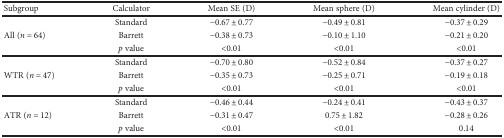
| Subgroup | Calculator | Mean SE (D) | Mean sphere (D) | Mean cylinder (D) |
 | --- | --- | --- | --- | --- |
 | <ROWSPAN=3> All (n = 64) | Standard | −0.67 ± 0.77 | −0.49 ± 0.81 | −0.37 ± 0.29 |
 | Barrett | −0.38 ± 0.73 | −0.10 ± 1.10 | −0.21 ± 0.20 |
 | p value | <0.01 | <0.01 | <0.01 |
 | <ROWSPAN=3> WTR (n = 47) | Standard | −0.70 ± 0.80 | −0.52 ± 0.84 | −0.37 ± 0.27 |
 | Barrett | −0.35 ± 0.73 | −0.25 ± 0.71 | −0.19 ± 0.18 |
 | p value | <0.01 | <0.01 | <0.01 |
 | <ROWSPAN=3> ATR (n = 12) | Standard | −0.46 ± 0.44 | −0.24 ± 0.41 | −0.43 ± 0.37 |
 | Barrett | −0.31 ± 0.47 | 0.75 ± 1.82 | −0.28 ± 0.26 |
 | p value | <0.01 | <0.01 | 0.14 |